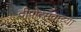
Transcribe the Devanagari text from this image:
दीपोत्सवाच्या